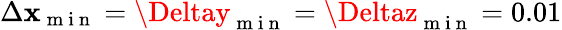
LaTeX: \Delta\mathbf{x}_{\mathrm{{~m~i~n~}}}=\Deltay_{\mathrm{{~m~i~n~}}}=\Deltaz_{\mathrm{{~m~i~n~}}}=0.01